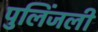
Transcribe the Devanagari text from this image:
पुलिंजली